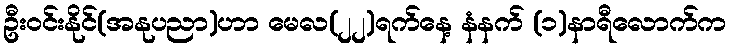
ဦးဝင်းနိုင်(အနုပညာ)ဟာ မေလ(၂၂)ရက်နေ့ နံနက် (၁)နာရီလောက်က